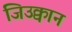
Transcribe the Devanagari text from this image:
जिउक्वान